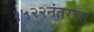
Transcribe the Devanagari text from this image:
१५२२नंतरचा